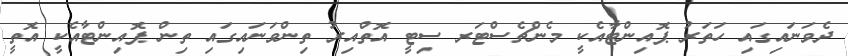
ދެވަނައިގައި ހަތަރު ޕޮއިންޓާއެކީ މެންޗެސްޓަރ ސިޓީ އޮތްއިރު ތިންވަނައިގައި ތިން ޕޮއިންޓާއެކީ އޮތީ